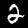
Digit: 2